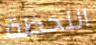
اللحظة